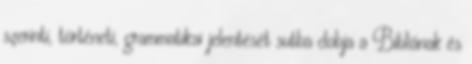
szerinti, történeti, grammatikai jelentését sutba dobja a Bibliának és